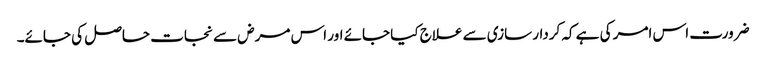
ضرورت اس امر کی ہے کہ کردار سازی سے علاج کیا جائے اور اس مرض سے نجات حاصل کی جائے۔